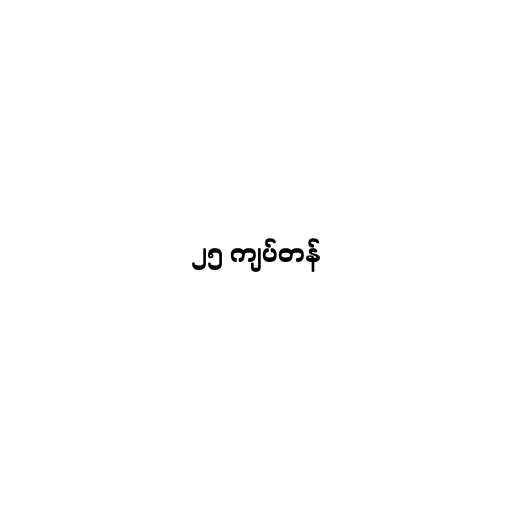
၂၅ ကျပ်တန်